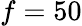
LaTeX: f=50